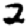
Digit: 2